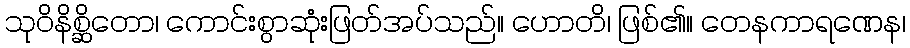
သုဝိနိစ္ဆိတော၊ ကောင်းစွာဆုံးဖြတ်အပ်သည်။ ဟောတိ၊ ဖြစ်၏။ တေနကာရဏေန၊